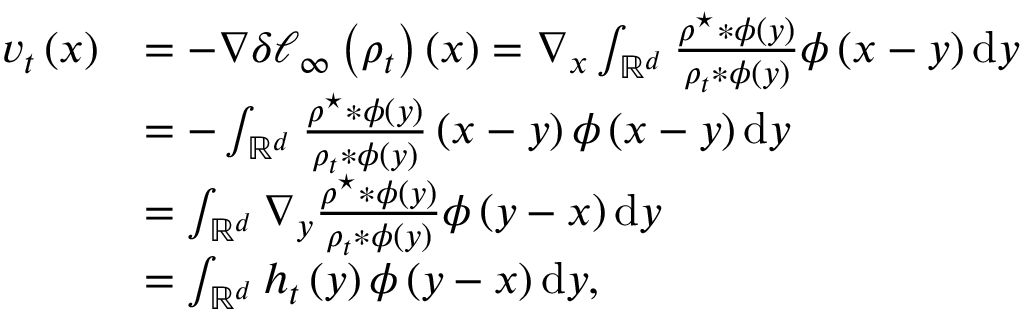
\begin{array} { r l } { v _ { t } \left( x \right) } & { = - \nabla \delta \ell _ { \infty } \left( \rho _ { t } \right) \left( x \right) = \nabla _ { x } \int _ { \mathbb { R } ^ { d } } \frac { \rho ^ { \star } \ast \phi \left( y \right) } { \rho _ { t } * \phi \left( y \right) } \phi \left( x - y \right) \mathrm { d } y } \\ & { = - \int _ { \mathbb { R } ^ { d } } \frac { \rho ^ { \star } \ast \phi \left( y \right) } { \rho _ { t } * \phi \left( y \right) } \left( x - y \right) \phi \left( x - y \right) \mathrm { d } y } \\ & { = \int _ { \mathbb { R } ^ { d } } \nabla _ { y } \frac { \rho ^ { \star } \ast \phi \left( y \right) } { \rho _ { t } * \phi \left( y \right) } \phi \left( y - x \right) \mathrm { d } y } \\ & { = \int _ { \mathbb { R } ^ { d } } h _ { t } \left( y \right) \phi \left( y - x \right) \mathrm { d } y , } \end{array}